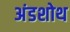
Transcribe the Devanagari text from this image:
अंडशोथ